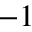
- 1